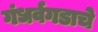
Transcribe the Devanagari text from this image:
गंधर्वगडाचे